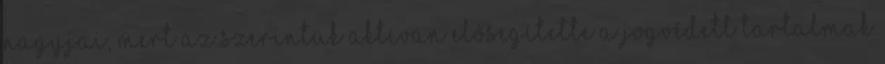
nagyjai, mert az szerintük aktívan elősegítette a jogvédett tartalmak